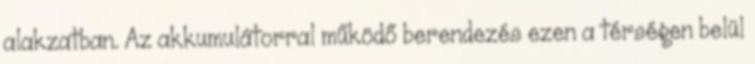
alakzatban. Az akkumulátorral működő berendezés ezen a térségen belül